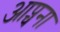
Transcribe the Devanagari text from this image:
आप्चना